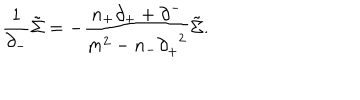
\frac { 1 } { { \partial } _ { - } } \tilde { \Sigma } = - \frac { n _ { + } { \partial } _ { + } + { \partial } ^ { - } } { m ^ { 2 } - n _ { - } { \partial } _ { + } ^ { \; \; 2 } } \tilde { \Sigma } .